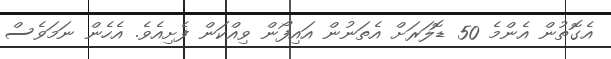
އެގޮތުން އެންމެ 50 ޑޮލަރަށް އެތަނުން އައިފޯން ވިއްކަން ފެށިއެވެ. އެހެން ނަމަވެސް